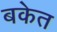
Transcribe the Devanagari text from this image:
बकेत